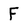
Character: F